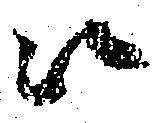
江